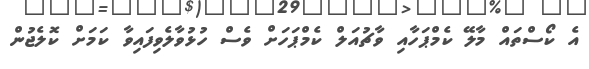
އެ ކޯސްތައް މާލޭ ކެމްޕަހާއި ވާޗުއަލް ކެމްޕަހަށް ވެސް ހުޅުވާލެވިފައިވާ ކަމަށް ކޮލެޖުން